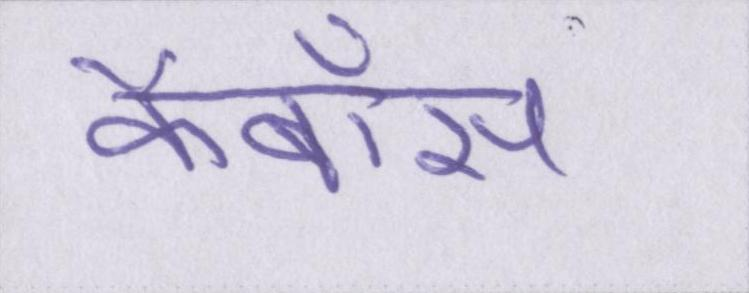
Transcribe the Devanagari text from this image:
कैबॉस